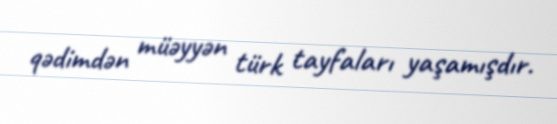
qədimdən müəyyən türk tayfaları yaşamışdır.